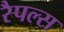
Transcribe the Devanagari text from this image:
रैपल्स